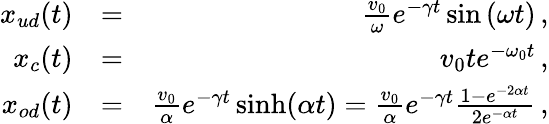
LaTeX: \begin{array}{rlr}{x_{ud}(t)}&{=}&{\frac{v_{0}}{\omega}e^{-\gamma t}\sin\left(\omega t\right)\, ,}\\ {x_{c}(t)}&{=}&{v_{0}te^{-\omega_{0}t}\, ,}\\ {x_{od}(t)}&{=}&{\frac{v_{0}}{\alpha}e^{-\gamma t}\sinh(\alpha t)=\frac{v_{0}}{\alpha}e^{-\gamma t}\frac{1-e^{-2\alpha t}}{2e^{-\alpha t}}\, ,}\end{array}